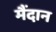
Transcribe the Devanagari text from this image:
मैंदान